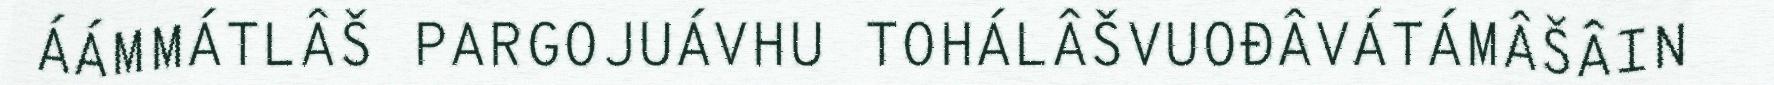
ÁÁMMÁTLÂŠ PARGOJUÁVHU TOHÁLÂŠVUOĐÂVÁTÁMÂŠÂIN